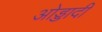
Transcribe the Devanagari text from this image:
ओड्डादी